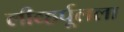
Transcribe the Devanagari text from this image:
लीव्हर्पूलला